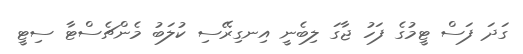
ގަދަ ފަސް ޓީމުގެ ފަހު ޖާގަ ލިބެނީ އިނގިރޭސި ކުލަބު މެންޗެސްޓާ ސިޓީ